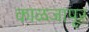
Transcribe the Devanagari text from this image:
काळजापूर